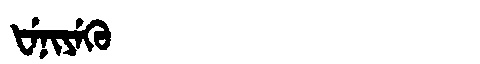
Manchu: ᡶᡝᠨᡳᠶᡝᡴᡠ
Romanization: FENIYEKU